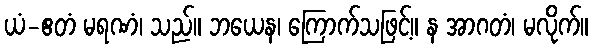
ယံ-ဧတံ မရဏံ၊ သည်။ ဘယေန၊ ကြောက်သဖြင့်။ န အာဂတံ၊ မလိုက်။